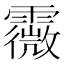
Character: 霺